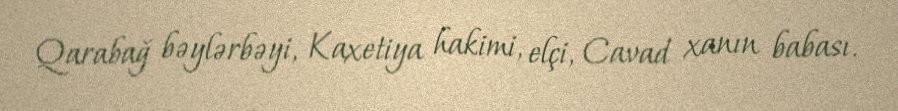
Qarabağ bəylərbəyi, Kaxetiya hakimi, elçi, Cavad xanın babası.